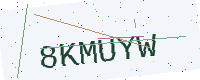
Text: 8KMUYW